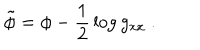
LaTeX: \tilde { \phi } = \phi - { \frac { 1 } { 2 } } \log g _ { x x } \ .